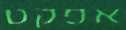
אפקט